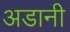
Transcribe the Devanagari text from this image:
अडानी